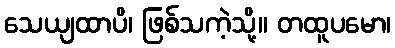
သေယျထာပိ၊ ဖြစ်သကဲ့သို့။ တထူပမော၊